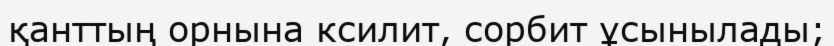
қанттың орнына ксилит, сорбит ұсынылады;